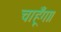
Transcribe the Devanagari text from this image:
चाहूँगा।